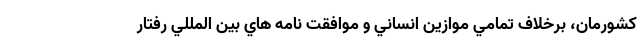
كشورمان، برخلاف تمامي موازين انساني و موافقت نامه هاي بين المللي رفتار